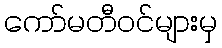
ကော်မတီဝင်များမှ